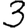
Digit: 3